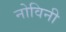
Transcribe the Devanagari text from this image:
नोविनी